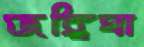
জঙ্গিঘা